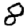
Digit: 8